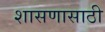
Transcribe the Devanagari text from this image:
शासणासाठी